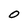
Character: O